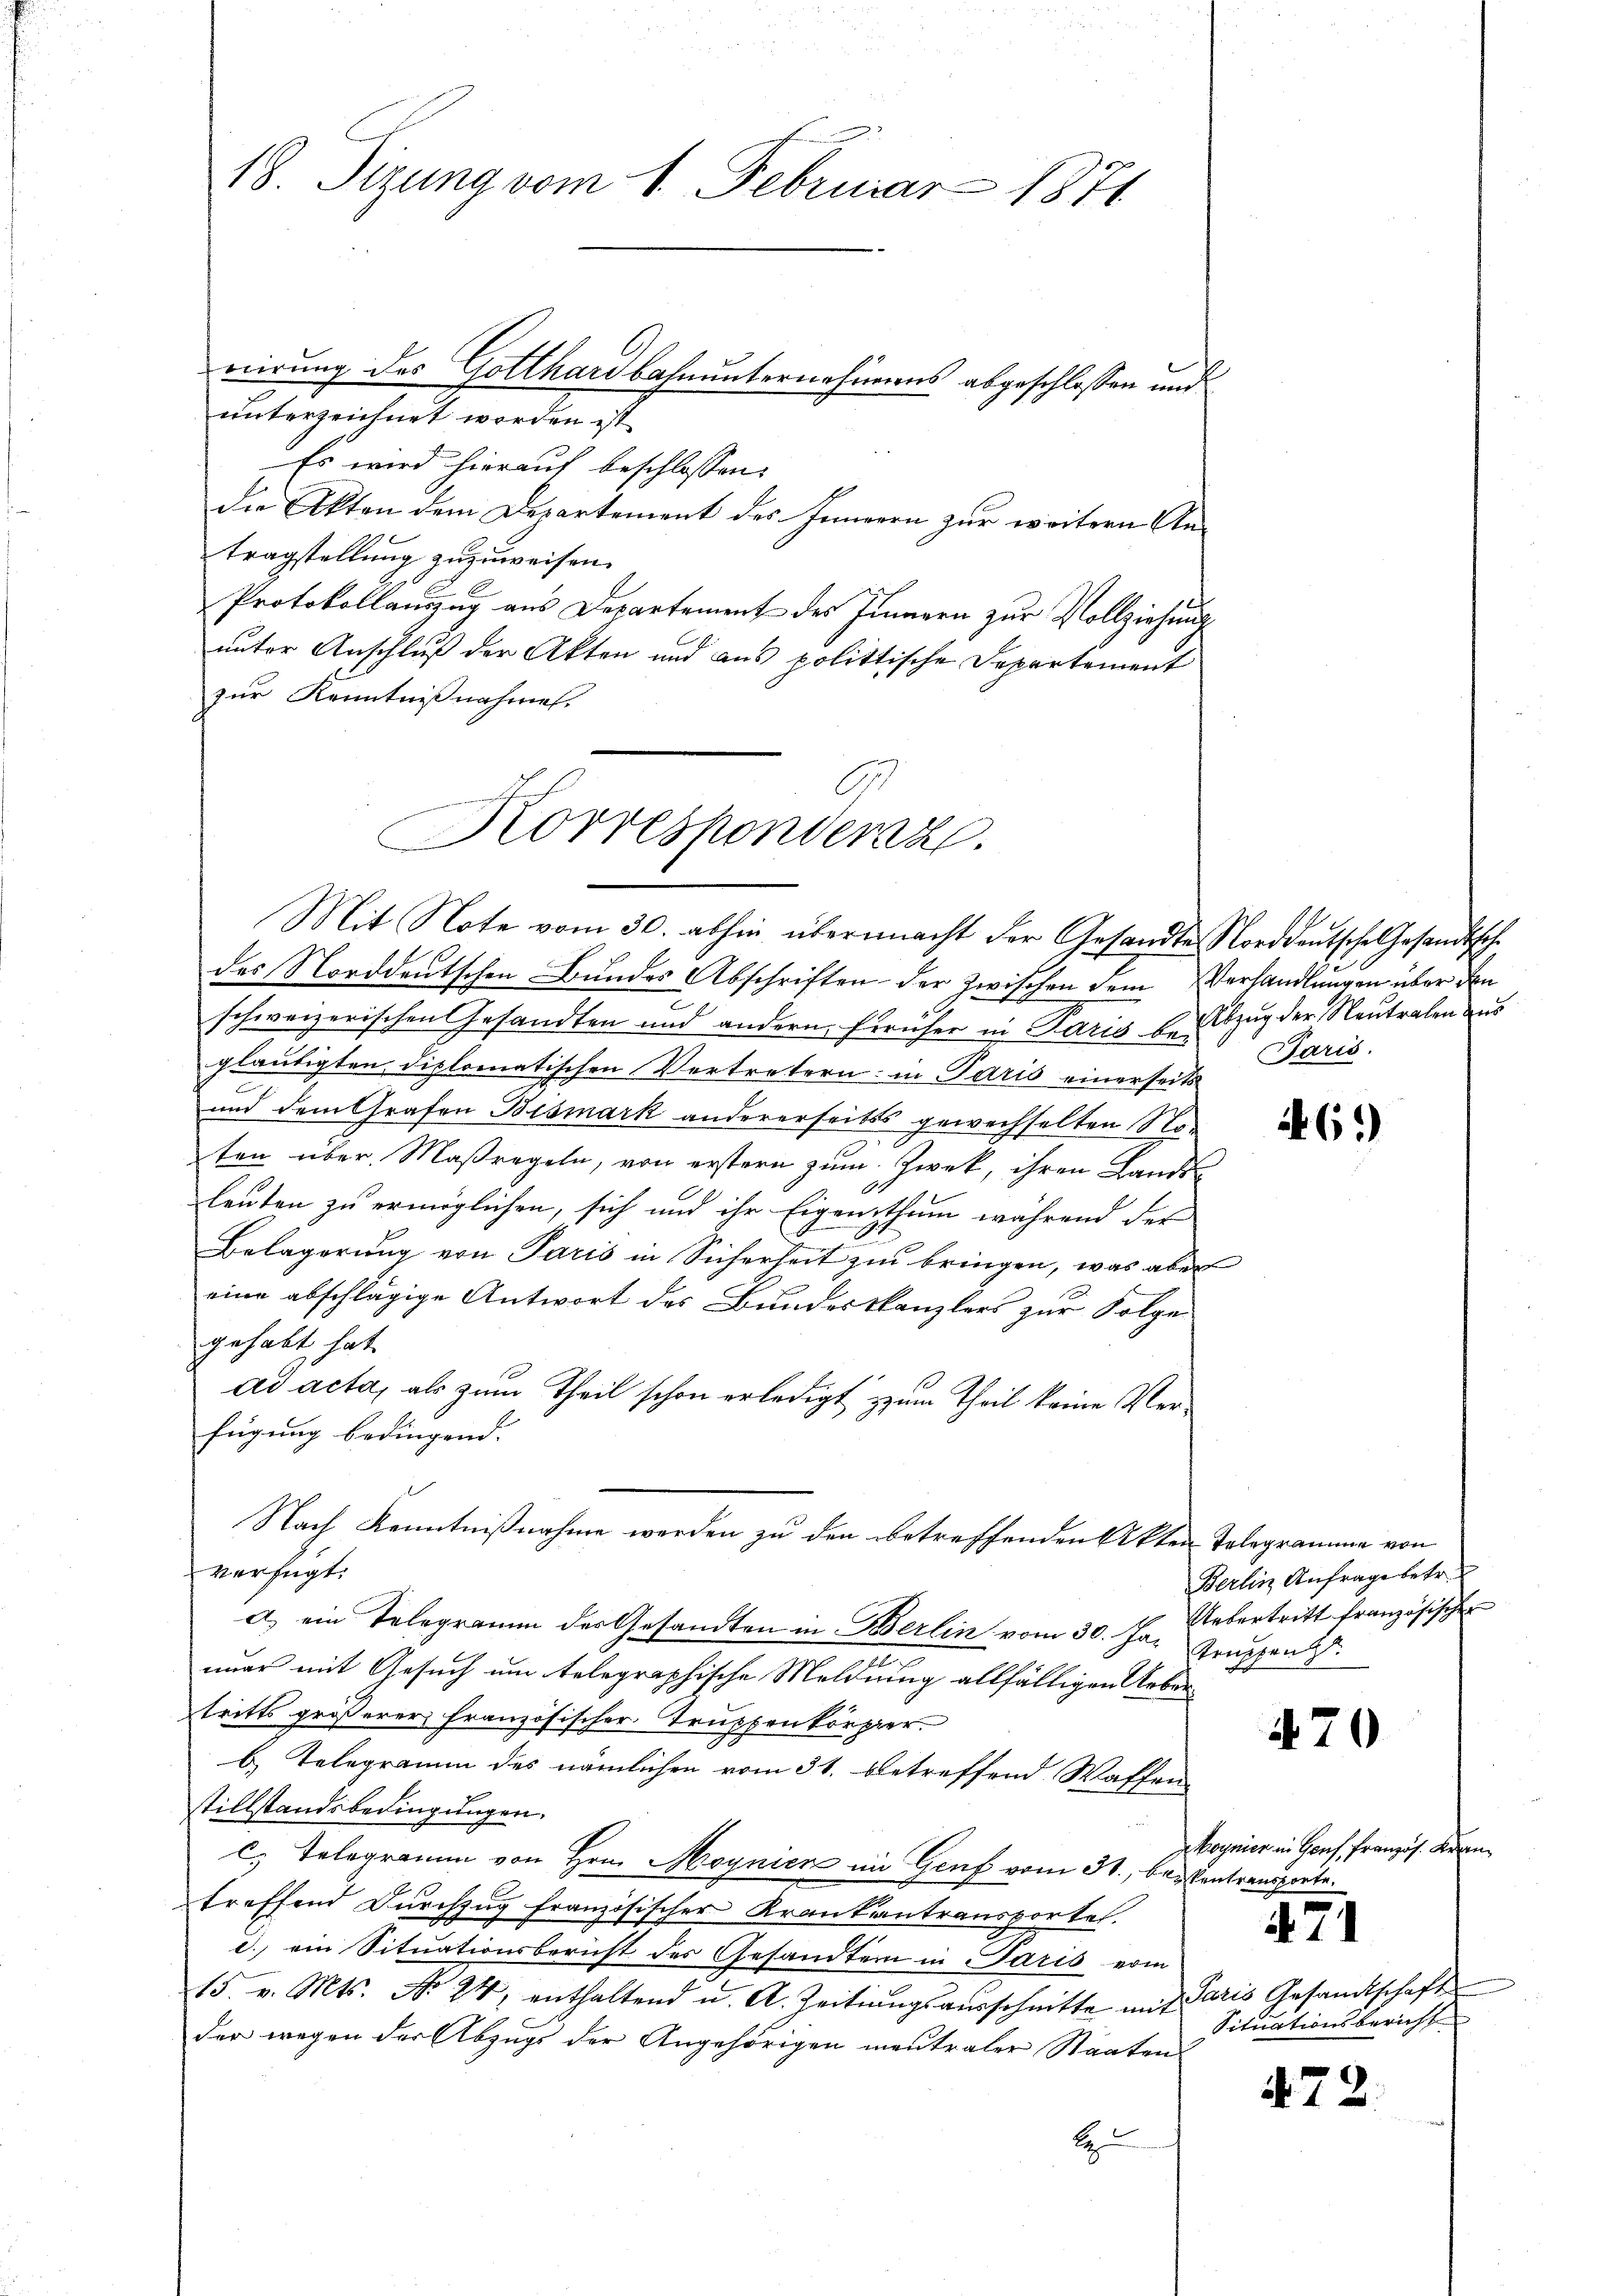
18. Sizung vom 1. Februar 1871

unterzeichnet worden ist.
Es wird hierauf beschlossen:
die Akten dem Departement des Innern zur weitern Antragstellung zuzuweisen.
Protokollauszug aus Departement des Innern zur Vollziehung
unter Anschluß der Akten und aus polittische Departement
zur Kenntnißnahmen.
des Norddeutschen Bundes Abschriften der zwischen dem Verhandlungen über den
schweizerischen Gesandten und andern, früher in Paris k. Abzug der Neutralen aus
gläubigten diplomatischen Vertretern in Paris einerseits
und dem Grafen Bismark andererseits gewechselten Noten über Maßregeln, von erstern zum Zweck, ihren Lands
leuten zu ermöglichen, sich und ihr Eigenthum während der
Belagerung von Paris in Sicherheit zu bringen, was aber
eine abschlägige Antwort des Bundeskanzlers zur Folge
gehabt hat.
ad acta, als zum Theil schon erledigt zum Theil keine Verfügung bedingend. |
Nach Kenntnißnahme werden zu den betreffenden Akten Telegramme von
verfügt:
a) ein Telegramm des Gesandten in Berlin vom 30. Jan Gruppen
imer mit Gesuch um telegraphische Meldung allfälligen Uebertritts größerer französischer Truppenkörpier.
b) Telegramm des nämlichen vom 31. betreffend Waffen
stillstandsbedingungen.
c. Telegramm von Hrn. Moynien im Genf vom 31., bekentransporte.
treffend Durchzug französischer Krankentransportel.
d. ein Situationsbericht des Gesandtern in Paris vom
15. v. Mts. No 24, enthaltend u. A. Zeitŭngsaŭsschnitte mit Paris Gesandtschaft
der wegen der Abzugs der Angehörigen mantraler Staaten
E

Korrespondenz.
Mit Note vom 30. abhin übermacht der Gesandte Norddeutsche Gesandtsche

vierung des Gotthardbahnunternahmens abgeschlossen und

Paris.

Berlin Anfrage betr.
Uebertritt französischer

e

.61)

470

Woynier in Genf, Französ. Regen

71

Situationsbericht

472.